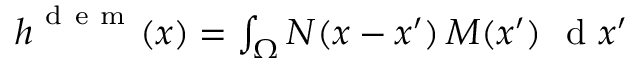
\begin{array} { r } { \boldsymbol { h } ^ { \mathrm { ~ d ~ e ~ m ~ } } ( \boldsymbol { x } ) = \int _ { \Omega } \boldsymbol { N } ( \boldsymbol { x } - \boldsymbol { x } ^ { \prime } ) \, \boldsymbol { M } ( \boldsymbol { x } ^ { \prime } ) \, \, \mathrm { ~ d ~ } \boldsymbol { x } ^ { \prime } } \end{array}